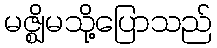
မဇ္ဈိမသို့ပြောသည်